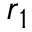
\boldsymbol { r } _ { 1 }